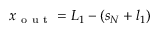
x _ { \mathrm { ~ o ~ u ~ t ~ } } = L _ { 1 } - \left( s _ { N } + l _ { 1 } \right)